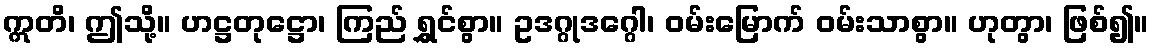
ဣတိ၊ ဤသို့။ ဟဋ္ဌတုဋ္ဌော၊ ကြည် ရွှင်စွာ။ ဥဒဂ္ဂုဒဂ္ဂေါ၊ ဝမ်းမြောက် ဝမ်းသာစွာ။ ဟုတွာ၊ ဖြစ်၍။